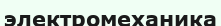
электромеханика